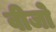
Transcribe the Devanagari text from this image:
वीजो